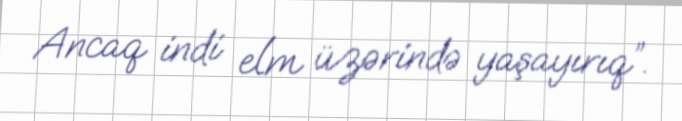
Ancaq indi elm üzərində yaşayırıq”.